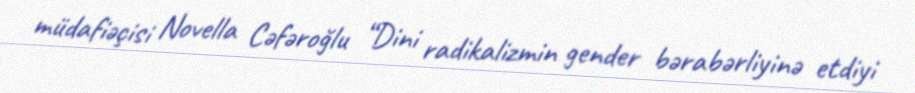
müdafiəçisi Novella Cəfəroğlu “Dini radikalizmin gender bərabərliyinə etdiyi